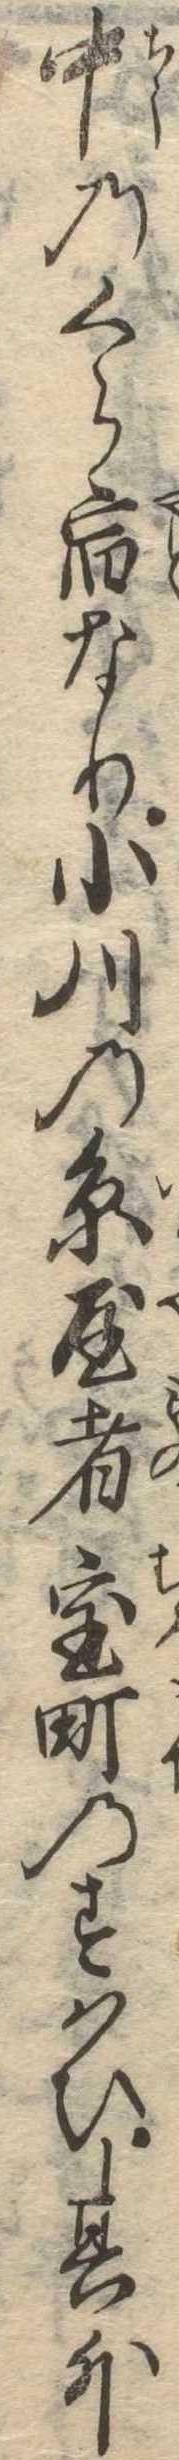
中のくら宿なり小川の糸屋者室町のすはひ其外